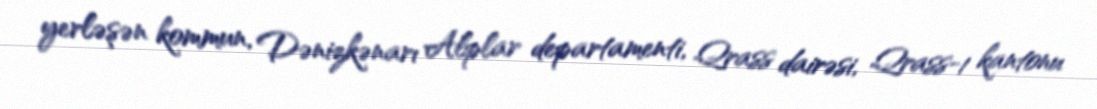
yerləşən kommun, Dənizkənarı Alplar departamenti, Qrass dairəsi, Qrass-1 kantonu